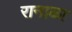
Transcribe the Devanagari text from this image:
रानाळा